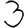
Digit: 3